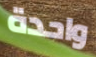
واحدة